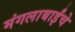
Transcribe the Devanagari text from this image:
मंगलाबाईंचे